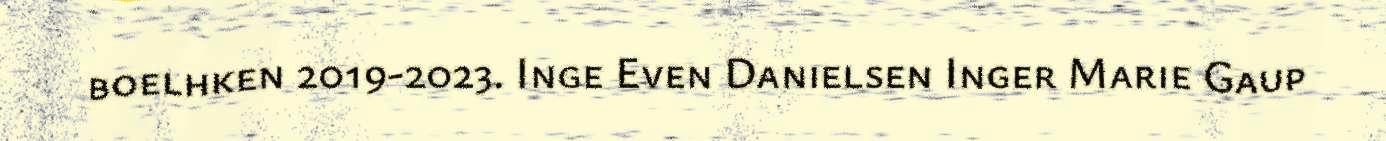
boelhken 2019-2023. Inge Even Danielsen Inger Marie Gaup